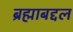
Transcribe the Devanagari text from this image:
ब्रह्माबद्दल